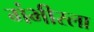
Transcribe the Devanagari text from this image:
गंभीरला